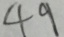
4 9